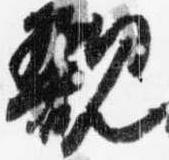
親